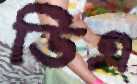
ডিএ